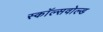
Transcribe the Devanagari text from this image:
स्कॉल्सवोल्ड